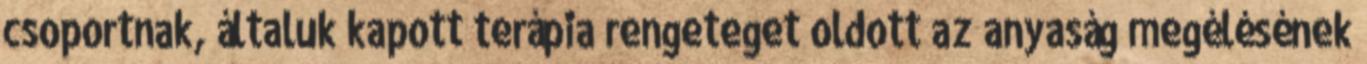
csoportnak, általuk kapott terápia rengeteget oldott az anyaság megélésének